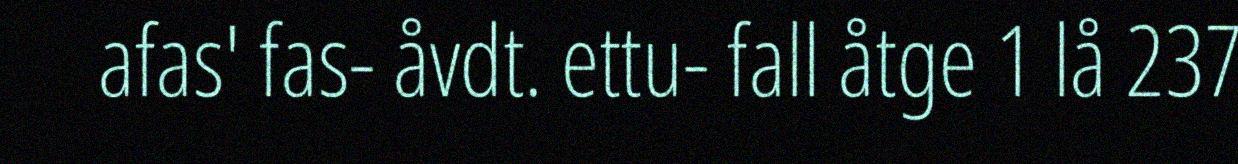
afas' fas- åvdt. ettu- fall åtge 1 lå 237